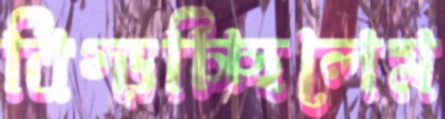
বিগ্‌ড়চ্ছিলেম